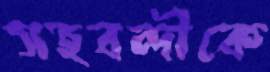
সহবন্দীকে